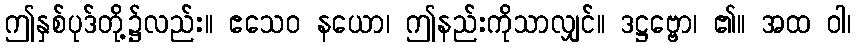
ဤနှစ်ပုဒ်တို့၌လည်း။ ဧသေဝ နယော၊ ဤနည်းကိုသာလျှင်။ ဒဋ္ဌဗ္ဗော၊ ၏။ အထ ဝါ၊